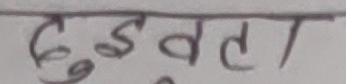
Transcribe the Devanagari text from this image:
दुइवता